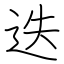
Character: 迭